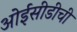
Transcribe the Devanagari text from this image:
ओईसीडीची